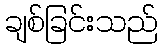
ချစ်ခြင်းသည်